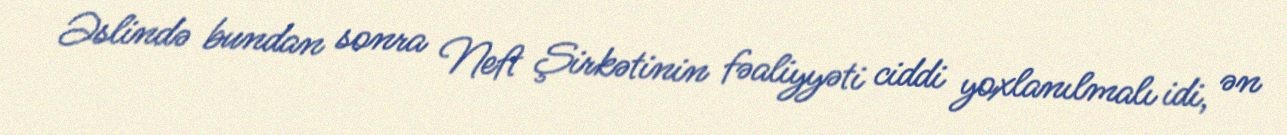
Əslində bundan sonra Neft Şirkətinin fəaliyyəti ciddi yoxlanılmalı idi, ən